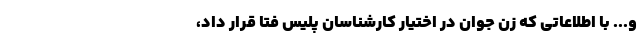
و... با اطلاعاتی که زن جوان در اختیار کارشناسان پلیس فتا قرار داد،